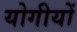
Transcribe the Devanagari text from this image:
योगीयों